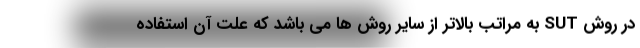
در روش SUT به مراتب بالاتر از سایر روش ها می باشد که علت آن استفاده